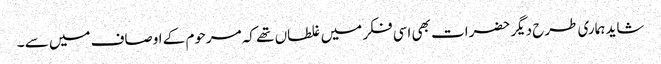
شاید ہماری طرح دیگر حضرات بھی اسی فکر میں غلطاں تھے کہ مرحوم کے اوصاف میں سے ۔